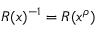
R ( x ) ^ { - 1 } = R ( x ^ { \rho } )